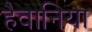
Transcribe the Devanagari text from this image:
हैवानिया